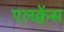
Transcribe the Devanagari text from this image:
एलक्वेंस